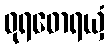
ဓုရဓောရယှံ